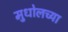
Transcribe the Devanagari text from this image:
मुधोलच्या